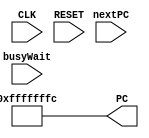
module programeCounter(CLK,RESET,nextPC,PC,busyWait);
input CLK,RESET,busyWait;
input [31:0] nextPC;
output [31:0] PC;
reg PC;


always @(RESET) begin   // when reset the pc
	    #1                               //pc write delay
		PC = -4;                      //initial pc value at reset
	end
	
	
always @(posedge CLK) begin    //always
    #1                            //pc write delay
    if(!busyWait)begin                  //update the pc only when busywait is 0
        PC = nextPC;              //pc write with the updated value using adder now pc changed so instruction read starts now
    end
end
endmodule